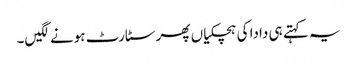
یہ کہتے ہی دادا کی ہچکیاں پھر سٹارٹ ہونے لگیں۔